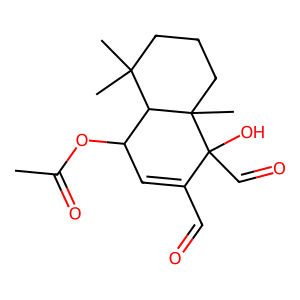
SMILES: CC(=O)OC1C=C(C=O)C(O)(C=O)C2(C)CCCC(C)(C)C12
Inhibits HIV replication: No